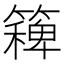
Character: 𮆛